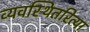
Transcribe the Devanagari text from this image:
व्यवस्थितरित्या